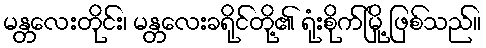
မန္တလေးတိုင်း၊ မန္တလေးခရိုင်တို့၏ ရုံးစိုက်မြို့ ဖြစ်သည်။